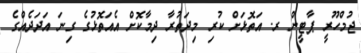
ޖުމްހޫރީ ޕާޓީން ރ. އަތޮޅަށް ކުރި މިދަތުރާ ދިމާކޮށް އެއަތޮޅުގެ ގިނަ އަދަދެއްގެ